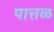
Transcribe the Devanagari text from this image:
पात्तळ